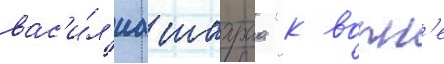
вас'и́л'иа шахраа "к волн'е